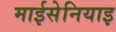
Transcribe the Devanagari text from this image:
माईसेनियाइ